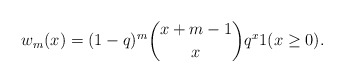
\begin{align*}w_m(x)=(1-q)^m\binom{x+m-1}{x} q^x1(x\ge 0).\end{align*}